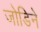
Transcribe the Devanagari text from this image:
जोडिने